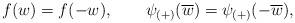
LaTeX: \begin{align*}f(w)=f(-w),\qquad \psi _{(+)}(\overline{w})=\psi _{(+)}(-\overline{w}),\end{align*}